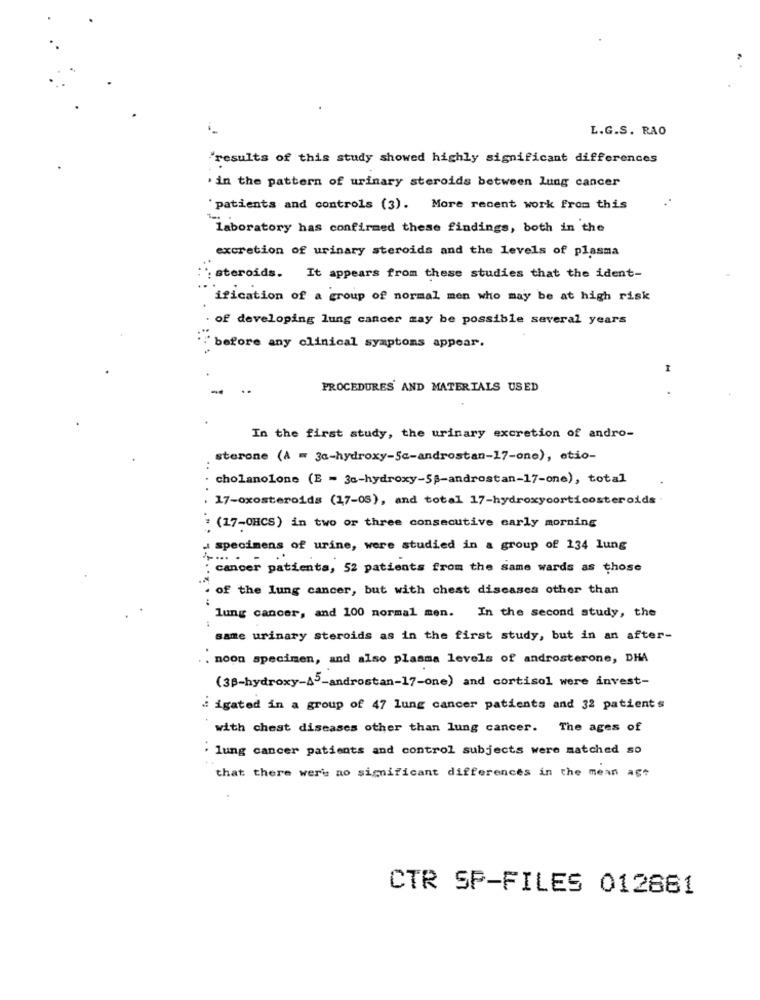
L.G.S. RAO
"results of this study showed highly significant differences
' in the pattern of urinary steroids between lung cancer
'patients and controls (3). More recent work from this
laboratory has confirmed these findings, both in the
excretion of urinary steroids and the levels of plasma
steroids. It appears from these studies that the ident-
ification of a group of normal men who may be at high risk
of developing lung cancer may be possible several years
before any clinical symptoms appear.
PROCEDURES AND MATERIALS USED
In the first study, the urinary excretion of andro-
sterone (A = 3a-hydroxy-5c-androstan-17-one), etio-
cholanolone (E = 30-hydroxy-58-androstan-17-one), total
. 17-oxosteroids (17-05), and total 17-hydroxycorticosteroids.
: (17-OHCS) in two or three consecutive early morning
a specimens of urine, were studied in a group of 134 lung
: cancer patients, 52 patients from the same wards as those
of the lung cancer, but with chest diseases other than
lung cancer, and 100 normal men.
In the second study, the
same urinary steroids as in the first study, but in an after-
. noon specimen, and also plasma levels of androsterone, DHA
(3B-hydroxy-A5-androstan-17-one) and cortisol were invest-
i igated in a group of 47 lung cancer patients and 32 patients
with chest diseases other than lung cancer. The ages of
· lung cancer patients and control subjects were matched so
that there were no significant differences in the mean agt
CTR SP-FILES 012861